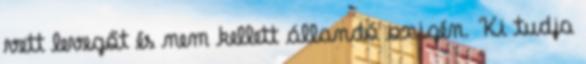
vett levegőt és nem kellett állandó oxigén. Ki tudja